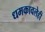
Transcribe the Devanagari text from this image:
धमकावलेही